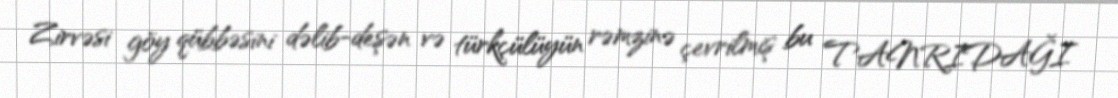
Zirvəsi göy qübbəsini dəlib-deşən və türkçülüyün rəmzinə çevrilmiş bu TANRIDAĞI